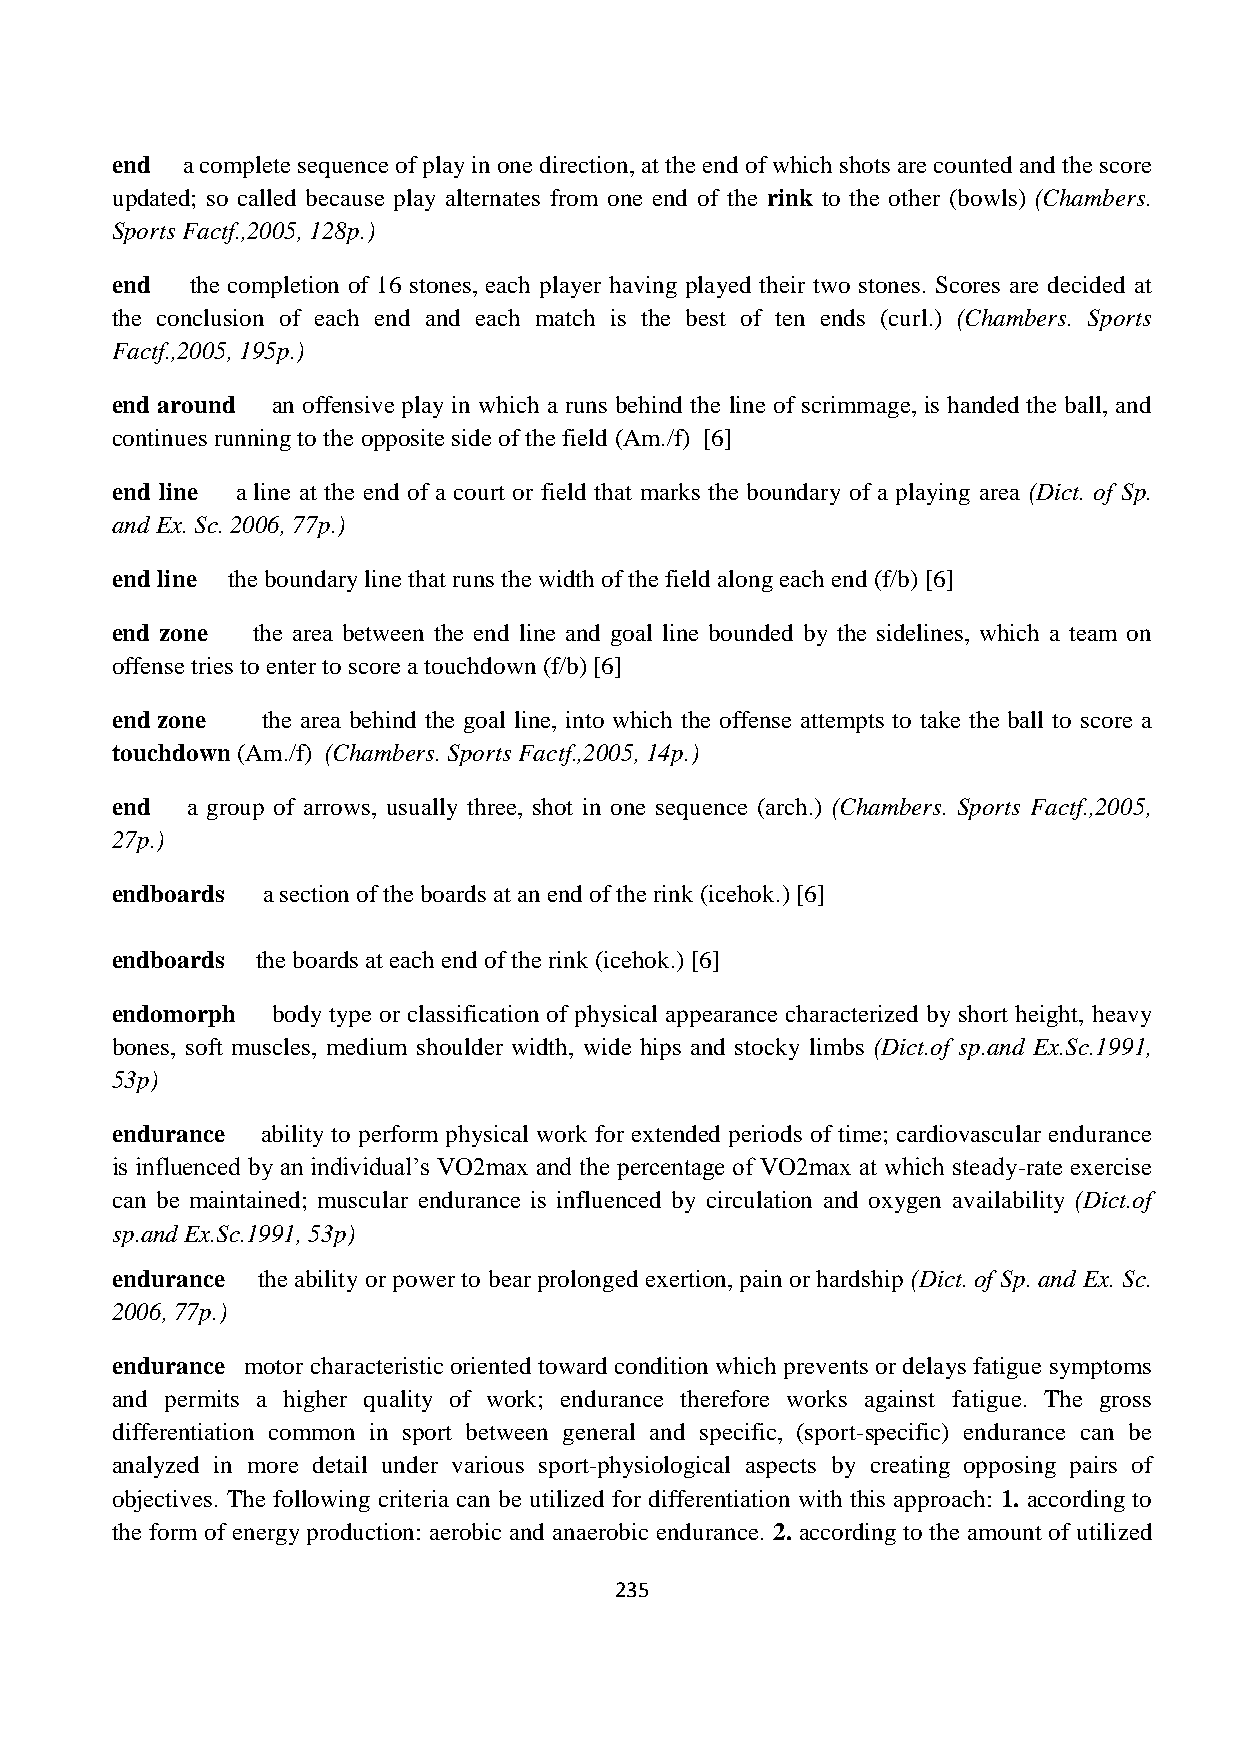
end  a complete sequence of play in one direction, at the end of which shots are counted and the score
 updated; so called because play alternates from one end of the rink to the other (bowls) (Chambers.
 Sports Factf.,2005, 128p.)
 end   the completion of 16 stones, each player having played their two stones. Scores are decided at
 the conclusion of each end and each match is the best of ten ends (curl.) (Chambers. Sports
 Factf.,2005, 195p.)
 end around an offensive play in which a runs behind the line of scrimmage, is handed the ball, and
 continues running to the opposite side of the field (Am./f) [6]
 end line a line at the end of a court or field that marks the boundary of a playing area (Dict. of Sp.
 and Ex. Sc. 2006, 77p.)
 end line the boundary line that runs the width of the field along each end (f/b) [6]
 end zone  the area between the end line and goal line bounded by the sidelines, which a team on
 offense tries to enter to score a touchdown (f/b) [6]
 end zone  the area behind the goal line, into which the offense attempts to take the ball to score a
 touchdown (Am./f) (Chambers. Sports Factf.,2005, 14p.)
 end  a group of arrows, usually three, shot in one sequence (arch.) (Chambers. Sports Factf.,2005,
 27p.)
 endboards a section of the boards at an end of the rink (icehok.) [6]
 endboards the boards at each end of the rink (icehok.) [6]
 endomorph  body type or classification of physical appearance characterized by short height, heavy
 bones, soft muscles, medium shoulder width, wide hips and stocky limbs (Dict.of sp.and Ex.Sc.1991,
 53p)
 endurance ability to perform physical work for extended periods of time; cardiovascular endurance
 is influenced by an individual’s VO2max and the percentage of VO2max at which steady-rate exercise
 can be maintained; muscular endurance is influenced by circulation and oxygen availability (Dict.of
 sp.and Ex.Sc.1991, 53p)
 endurance the ability or power to bear prolonged exertion, pain or hardship (Dict. of Sp. and Ex. Sc.
 2006, 77p.)
 endurance motor characteristic oriented toward condition which prevents or delays fatigue symptoms
 and permits a higher quality of work; endurance therefore works against fatigue. The gross
 differentiation common in sport between general and specific, (sport-specific) endurance can be
 analyzed in more detail under various sport-physiological aspects by creating opposing pairs of
 objectives. The following criteria can be utilized for differentiation with this approach: 1. according to
 the form of energy production: aerobic and anaerobic endurance. 2. according to the amount of utilized
 235